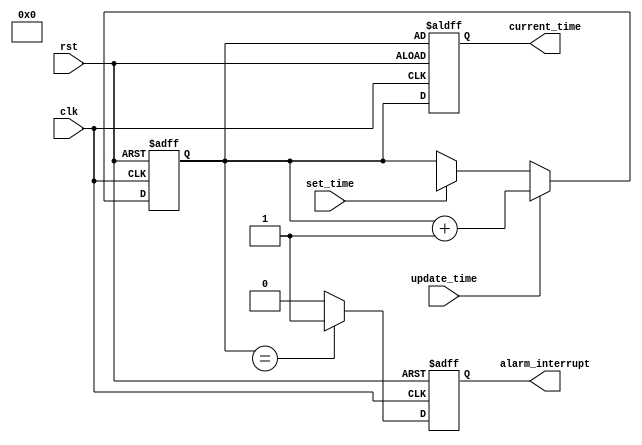
module rtc_timer(
    input wire clk,
    input wire rst,
    input wire set_time,
    input wire update_time,
    output reg [31:0] current_time,
    output reg alarm_interrupt
);

reg [31:0] rtc_register;

always @(posedge clk or posedge rst) begin
    if (rst) begin
        rtc_register <= 32'h00000000;
        current_time <= rtc_register;
        alarm_interrupt <= 0;
    end else begin
        if (set_time) begin
            rtc_register <= data_input;
        end
        if (update_time) begin
            rtc_register <= rtc_register + 1;
        end
        current_time <= rtc_register;
        
        // Logic for generating interrupts based on user-defined timing events
        if (rtc_register == alarm_time) begin
            alarm_interrupt <= 1;
        end else begin
            alarm_interrupt <= 0;
        end
    end
end

endmodule